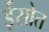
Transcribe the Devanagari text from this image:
ईसोत